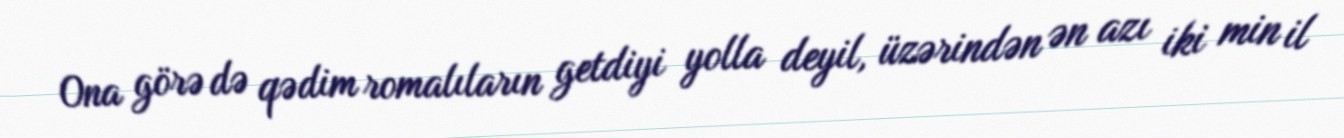
Ona görə də qədim romalıların getdiyi yolla deyil, üzərindən ən azı iki min il